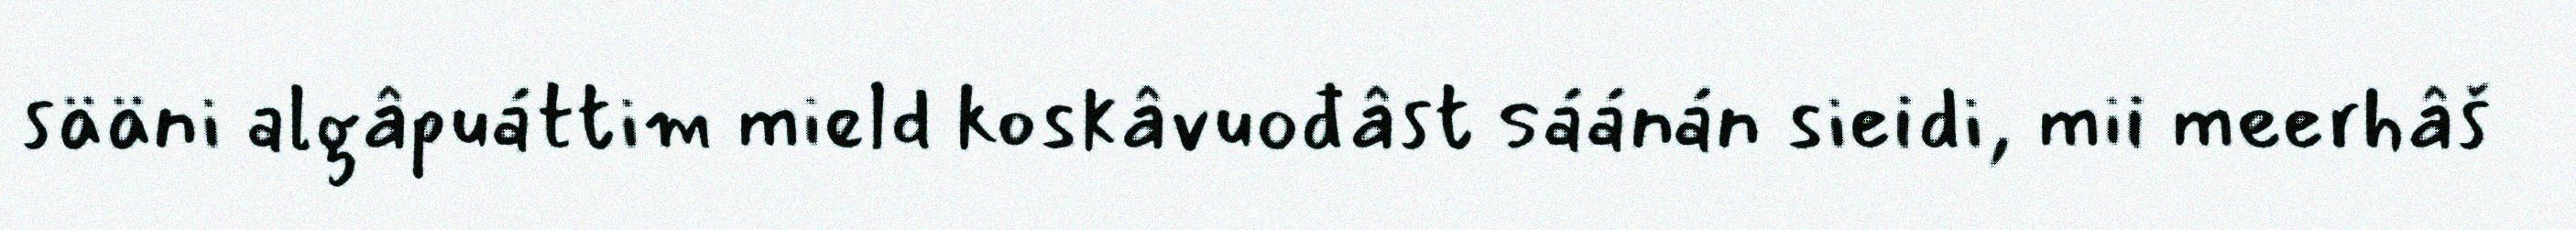
sääni algâpuáttim mield koskâvuođâst sáánán sieidi, mii meerhâš